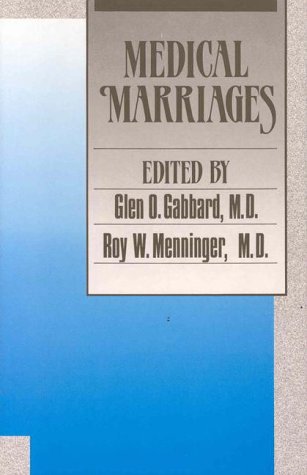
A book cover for Medical Marriages; Glen O. Gabbard; Health, Fitness & Dieting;